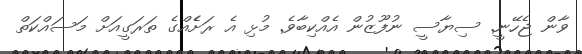
ވާން ޖެހޭނީ